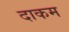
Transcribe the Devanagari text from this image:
दाकम